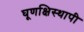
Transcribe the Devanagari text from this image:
घूणक्षिस्थापी